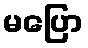
မပြော